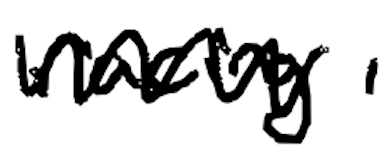
Text: racing,
Cross-out: zig-zag
Writing tool: digital_black